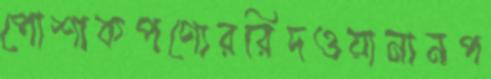
পোশাকপণ্যেররিদওয়ানানপ